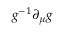
g ^ { - 1 } \partial _ { \mu } g